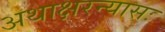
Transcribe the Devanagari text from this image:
अथाक्षरन्यासः